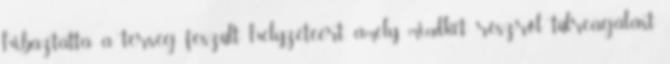
hibáztatta a térség feszült helyzetéért, amely mindkét részről túlreagálást